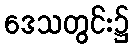
ဒေသတွင်း၌